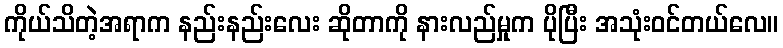
ကိုယ်သိတဲ့အရာက နည်းနည်းလေး ဆိုတာကို နားလည်မှုက ပိုပြီး အသုံးဝင်တယ်လေ။